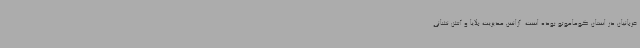
قربانیان در استان کوماموتو بوده است. آژانس مدیریت بلایا و آتش نشانی